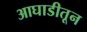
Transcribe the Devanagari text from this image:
आघाडीतून